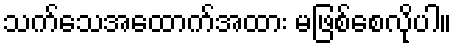
သက်သေအထောက်အထား မဖြစ်စေလိုပါ။